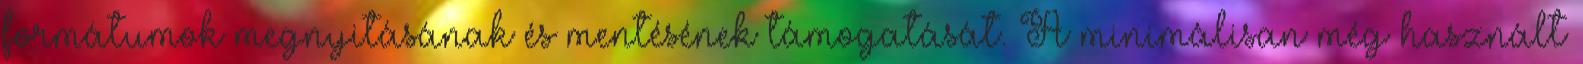
formátumok megnyitásának és mentésének támogatását. A minimálisan még használt